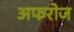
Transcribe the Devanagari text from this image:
अफरोज